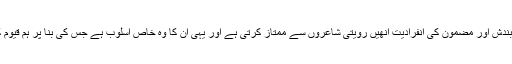
ان کی فکر و سوچ کا زاویہ الفاظ کی بندش اور مضمون کی انفرادیت انھیں رویتی شاعروں سے ممتاز کرتی ہے اور یہی ان کا وہ خاص اسلوب ہے جس کی بنا پر ہم قیوم کنول کو منفرد شاعر کہہ سکتے ہیں ۔